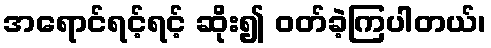
အရောင်ရင့်ရင့် ဆိုး၍ ဝတ်ခဲ့ကြပါတယ်၊